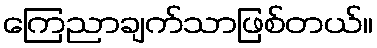
ကြေညာချက်သာဖြစ်တယ်။